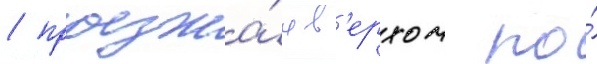
/ проезжа́я в'ерхом по́